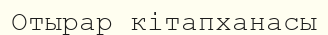
Отырар кітапханасы